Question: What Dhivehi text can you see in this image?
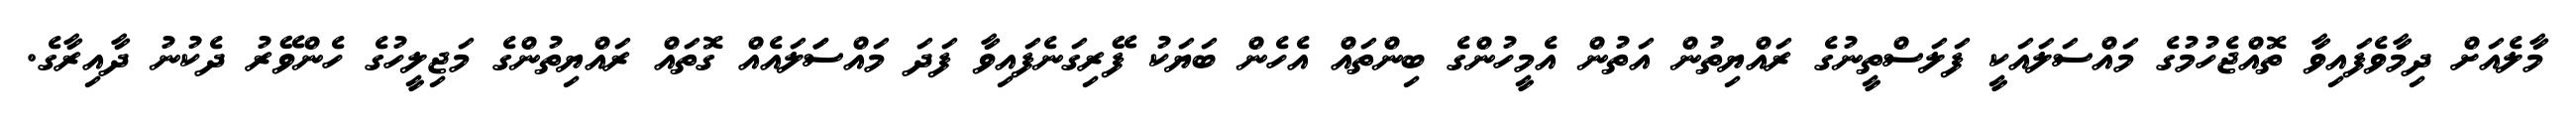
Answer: މާލެއަށް ދިމާވެފައިވާ ތޮއްޖެހުމުގެ މައްސަލައަކީ ފަލަސްތީނުގެ ރައްޔިތުން އަތުން އެމީހުންގެ ބިންތައް އެހެން ބަޔަކު ފޭރިގަނެފައިވާ ފަދަ މައްސަަލައެއް ގޮތައް ރައްޔިތުންގެ މަޖިލީހުގެ ހެންވޭރު ދެކުނު ދާއިރާގެ.